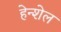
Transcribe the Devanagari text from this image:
हेन्शेल